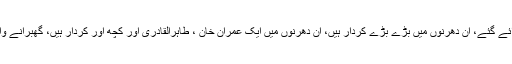
 نوازشریف نے کہا کہ ہمارے خلاف دھرنے دلوائے گئے، ان دھرنوں میں بڑے بڑے کردار ہیں، ان دھرنوں میں ایک عمران خان ، طاہرالقادری اور کچھ اور کردار ہیں، گھبرانے والا نہیں ہوں وقت آنے پر کرداروں کے نام لوںگا۔